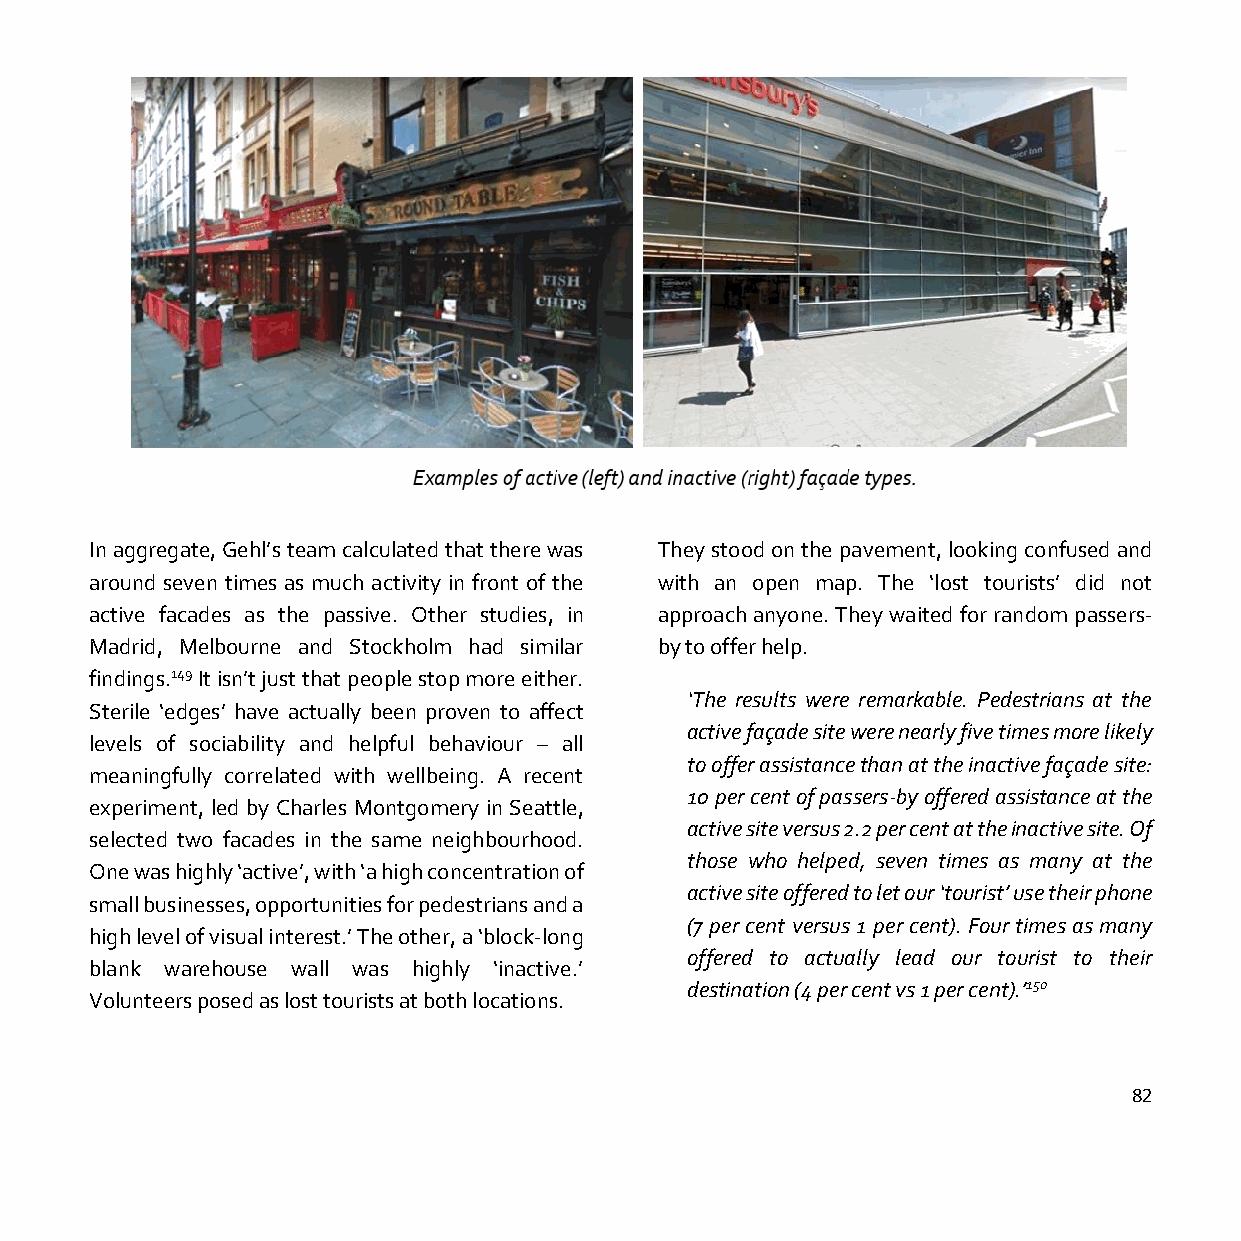
In aggregate, Gehl’s team calculated that there was They stood on the pavement, looking confused and
 around seven times as much activity in front of the with an open map. The ‘lost tourists’ did not
 active facades as the passive. Other studies, in approach anyone. They waited for random passers-
 Madrid, Melbourne and Stockholm had similar by to offer help.
 findings.149 It isn’t just that people stop more either.
 ‘The results were remarkable. Pedestrians at the
 Sterile ‘edges’ have actually been proven to affect
 active façade site were nearly five times more likely
 levels of sociability and helpful behaviour – all
 to offer assistance than at the inactive façade site:
 meaningfully correlated with wellbeing. A recent
 10 per cent of passers-by offered assistance at the
 experiment, led by Charles Montgomery in Seattle,
 active site versus 2.2 per cent at the inactive site. Of
 selected two facades in the same neighbourhood.
 those who helped, seven times as many at the
 One was highly ‘active’, with ‘a high concentration of
 active site offered to let our ‘tourist’ use their phone
 small businesses, opportunities for pedestrians and a
 (7 per cent versus 1 per cent). Four times as many
 high level of visual interest.’ The other, a ‘block-long
 offered to actually lead our tourist to their
 blank warehouse wall was highly ‘inactive.’
 destination (4 per cent vs 1 per cent).’150
 Volunteers posed as lost tourists at both locations.
 82